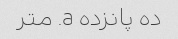
ده پانزده a. متر